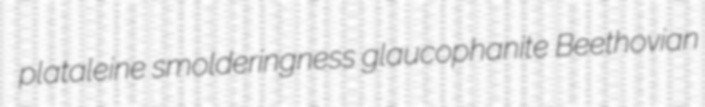
plataleine smolderingness glaucophanite Beethovian